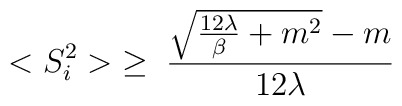
<S_i^2>\; \ge \;\frac{{\sqrt {\frac{12\lambda}{\beta} + m^2}} - m} {12\lambda}